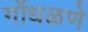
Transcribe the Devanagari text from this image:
गोंधळणे